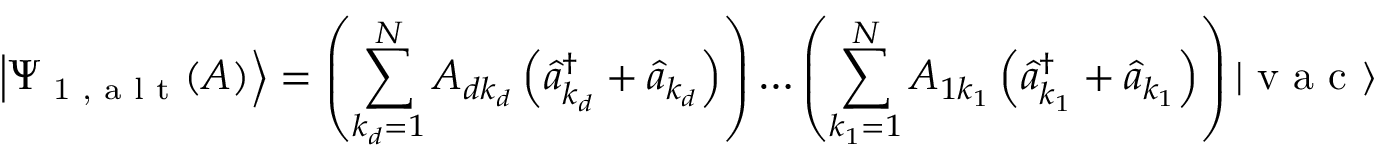
\left| \Psi _ { \textrm { 1 , a l t } } ( A ) \right\rangle = \left( \sum _ { k _ { d } = 1 } ^ { N } A _ { d k _ { d } } \left( \hat { a } _ { k _ { d } } ^ { \dagger } + \hat { a } _ { k _ { d } } \right) \right) \ldots \left( \sum _ { k _ { 1 } = 1 } ^ { N } A _ { 1 k _ { 1 } } \left( \hat { a } _ { k _ { 1 } } ^ { \dagger } + \hat { a } _ { k _ { 1 } } \right) \right) | \textrm { v a c } \rangle